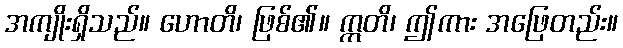
အကျိုးရှိသည်။ ဟောတိ၊ ဖြစ်၏။ ဣတိ၊ ဤကား အဖြေတည်း။